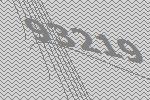
93219